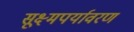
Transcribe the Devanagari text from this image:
सूक्ष्मपर्यावरण